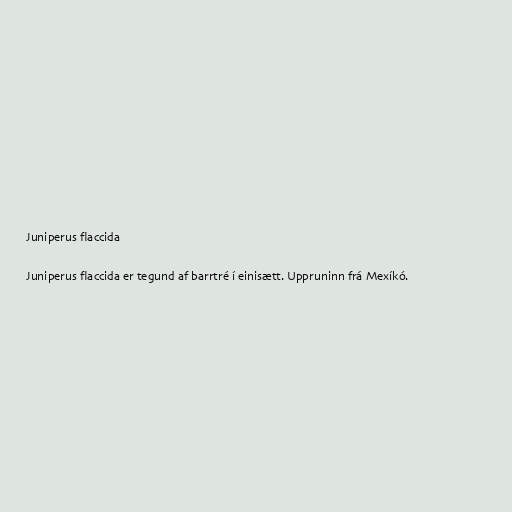
Juniperus flaccida

Juniperus flaccida er tegund af barrtré í einisætt. Uppruninn frá Mexíkó.